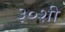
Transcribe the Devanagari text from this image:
३०शी